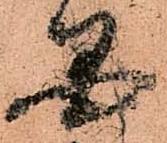
国